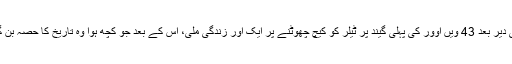
کچھ ہی دیر بعد 43 ویں اوور کی پہلی گیند پر ٹیلر کو کیچ چھوٹنے پر ایک اور زندگی ملی، اس کے بعد جو کچھ ہوا وہ تاریخ کا حصہ بن گیا ہے۔